Burma Government Medical School reports 1923-41
Year: 1923
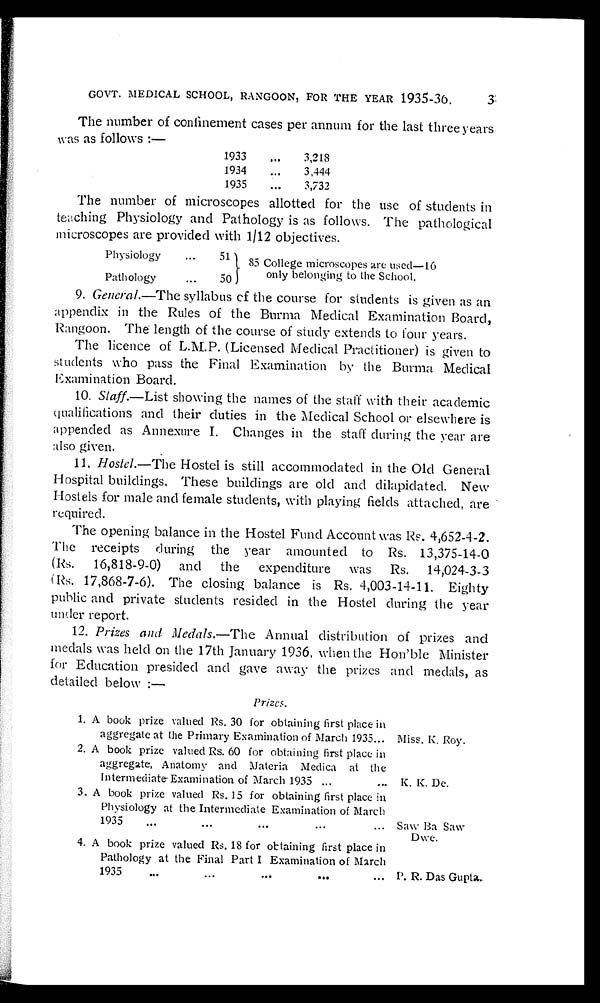
GOVT. MEDICAL SCHOOL, RANGOON, FOR THE YEAR 1935-36.
The number of confinement cases per annum for the last three years
w as as follows :—
1933 . . .
3,218
1934 . . .
3,444
1935 . . .
3,732
The number of microscopes allotted for the use of students in
teaching Physiology and Pathology is as follows. The pathological
microscopes are provided with 1/12 objectives.
Physiology . . .
51
85 College microscopes are used-16
only belonging to the School.
Pathology . . .
50
9. General .—The syllabus of the course for students is given as an
appendix in the Rules of the Burma Medical Examination Board,
Rangoon. The length of the course of study extends to four years.
The licence of L.M.P. (Licensed Medical Practitioner) is given to
students who pass the Final Examination by the Burma Medical
Examination Board.
10. Staff.—List showing the names of the staff with their academic
qualifications and their duties in the Medical School or elsewhere is
appended as Annexure I. Changes in the staff during the year are
also given.
11. Hostel.— The Hostel is still accommodated in the Old General
Hospital buildings. These buildings are old and dilapidated. New
Hostels for male and female students, with playing fields attached, are
required.
The opening balance in the Hostel Fund Account was Rs. 4,652-4-2.
The receipts during the year amounted to Rs. 13,375-14-0
(Rs. 16,818-9-0) and the expenditure was Rs. 14,024-3-3
R s. 17,868-7-6). The closing balance is Rs. 4,003-14-11. Eighty
public and private students resided in the Hostel during the year
under report.
12. Prizes and Medals .—The Annual distribution of prizes and
medals was held on the 17th January 1936, when the Hon'ble Minister
for Education presided and gave away the prizes and medals, as
detailed below :—
Prizes .
1. A book prize valued Rs. 30 for obtaining first place in
aggregate at the Primary Examination of March 1935 . . .
Miss. K. Roy.
2. A book prize valued Rs. 60 for obtaining first place in
aggregate, Anatomy and Materia Medica at the
Intermediate Examination of March 1935 . . . K. K. De.
3. A book prize valued Rs. 15 for obtaining first place in
Physiology at the Intermediate Examination of March
1935
.
.
. Saw Ba Saw
Dwe.
4. A book prize valued Rs. 18 for obtaining first place in
Pathology at the Final Part I Examination of March
1935
.
.
. P. R. Das Gupta.